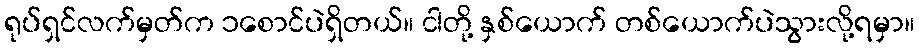
ရုပ်ရှင်လက်မှတ်က ၁စောင်ပဲရှိတယ်။ ငါတို့ နှစ်ယောက် တစ်ယောက်ပဲသွားလို့ရမှာ။